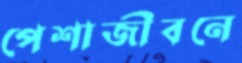
পেশাজীবনে